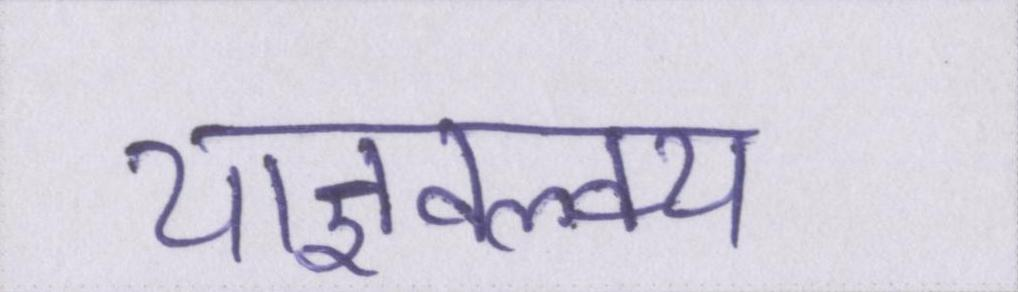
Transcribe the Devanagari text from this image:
याज्ञवल्क्य